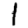
Digit: 1